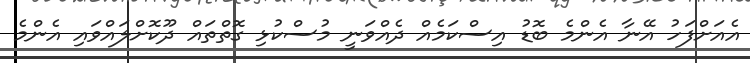
އެއަށްފަހު އޭނާ އެންމެ ބޮޑު އިސްކަމެއް ދެއްވަނީ މުސްކުޅި ގޮތްތައް ދޫކޮށްލައްވައި އެންމެ